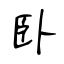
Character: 卧